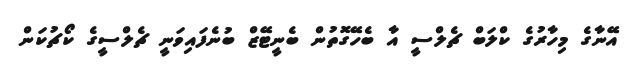
އޭނާގެ މިހާރުގެ ކްލަބް ޗެލްސީ އާ ބެހޭގޮތުން ބެނީޓޭޒް ބުނެފައިވަނީ ޗެލްސީގެ ކޯޗުކަން